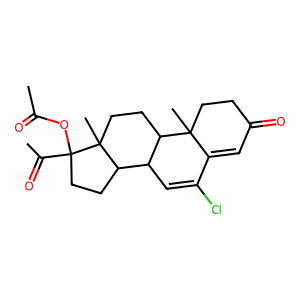
SMILES: CC(=O)OC1(C(C)=O)CCC2C3C=C(Cl)C4=CC(=O)CCC4(C)C3CCC21C
Inhibits HIV replication: No